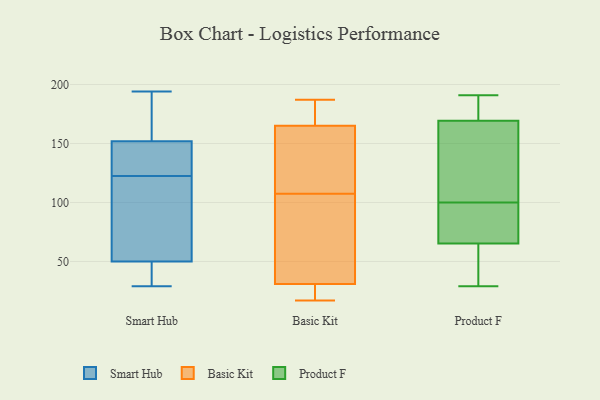
{"axis": {"x": "Gross Profit (USD K)", "y": "Value"}, "legend": ["Basic Kit", "Product F", "Smart Hub"], "data": [{"x": "", "y": 141, "type": "Smart Hub"}, {"x": "", "y": 127, "type": "Smart Hub"}, {"x": "", "y": 41, "type": "Smart Hub"}, {"x": "", "y": 118, "type": "Smart Hub"}, {"x": "", "y": 177, "type": "Smart Hub"}, {"x": "", "y": 194, "type": "Smart Hub"}, {"x": "", "y": 148, "type": "Smart Hub"}, {"x": "", "y": 35, "type": "Smart Hub"}, {"x": "", "y": 179, "type": "Smart Hub"}, {"x": "", "y": 38, "type": "Smart Hub"}, {"x": "", "y": 60, "type": "Smart Hub"}, {"x": "", "y": 155, "type": "Smart Hub"}, {"x": "", "y": 152, "type": "Smart Hub"}, {"x": "", "y": 152, "type": "Smart Hub"}, {"x": "", "y": 107, "type": "Smart Hub"}, {"x": "", "y": 116, "type": "Smart Hub"}, {"x": "", "y": 50, "type": "Smart Hub"}, {"x": "", "y": 29, "type": "Smart Hub"}, {"x": "", "y": 17, "type": "Basic Kit"}, {"x": "", "y": 165, "type": "Basic Kit"}, {"x": "", "y": 20, "type": "Basic Kit"}, {"x": "", "y": 77, "type": "Basic Kit"}, {"x": "", "y": 27, "type": "Basic Kit"}, {"x": "", "y": 187, "type": "Basic Kit"}, {"x": "", "y": 161, "type": "Basic Kit"}, {"x": "", "y": 31, "type": "Basic Kit"}, {"x": "", "y": 172, "type": "Basic Kit"}, {"x": "", "y": 172, "type": "Basic Kit"}, {"x": "", "y": 93, "type": "Basic Kit"}, {"x": "", "y": 48, "type": "Basic Kit"}, {"x": "", "y": 148, "type": "Basic Kit"}, {"x": "", "y": 122, "type": "Basic Kit"}, {"x": "", "y": 95, "type": "Product F"}, {"x": "", "y": 101, "type": "Product F"}, {"x": "", "y": 97, "type": "Product F"}, {"x": "", "y": 30, "type": "Product F"}, {"x": "", "y": 110, "type": "Product F"}, {"x": "", "y": 179, "type": "Product F"}, {"x": "", "y": 191, "type": "Product F"}, {"x": "", "y": 140, "type": "Product F"}, {"x": "", "y": 187, "type": "Product F"}, {"x": "", "y": 75, "type": "Product F"}, {"x": "", "y": 29, "type": "Product F"}, {"x": "", "y": 62, "type": "Product F"}, {"x": "", "y": 43, "type": "Product F"}, {"x": "", "y": 100, "type": "Product F"}, {"x": "", "y": 183, "type": "Product F"}]}